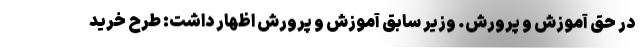
در حق آموزش و پرورش. وزیر سابق آموزش و پرورش اظهار داشت: طرح خرید